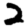
Digit: 2